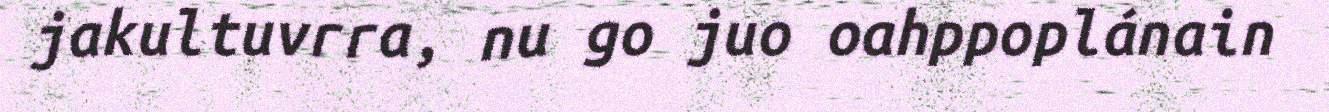
jakultuvrra, nu go juo oahppoplánain